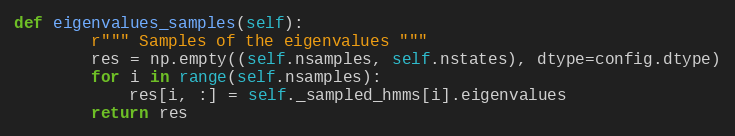
Language: Python
def eigenvalues_samples(self):
        r""" Samples of the eigenvalues """
        res = np.empty((self.nsamples, self.nstates), dtype=config.dtype)
        for i in range(self.nsamples):
            res[i, :] = self._sampled_hmms[i].eigenvalues
        return res